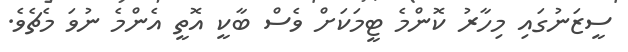
ސީޒަނުގައި މިހާރު ކޮންމެ ޓީމަކަށް ވެސް ބާކީ އޮތީ އެންމެ ނުވަ މެޗެވެ.